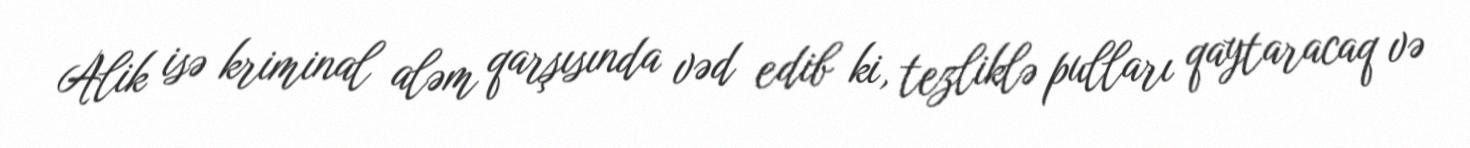
Alik isə kriminal aləm qarşısında vəd edib ki, tezliklə pulları qaytaracaq və